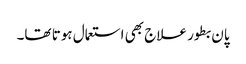
پان بطور علاج بھی استعمال ہوتا تھا۔